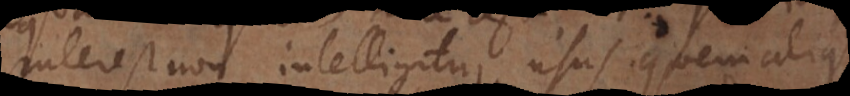
interest non intelligitur usus quem aliqui